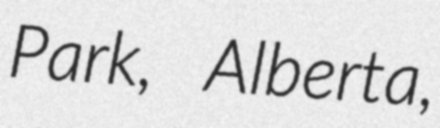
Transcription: Park, Alberta,